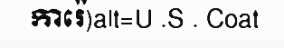
ការ៉េ)alt=U .S . Coat